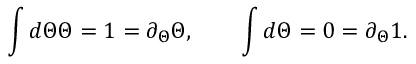
\int d \Theta \Theta = 1 = \partial _ { \Theta } \Theta , \qquad \int d \Theta = 0 = \partial _ { \Theta } 1 .